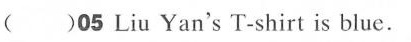
( )05 Liu Yan's T-shirt is blue.